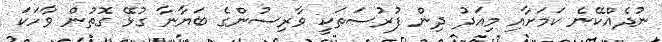
ނުދެއްކޭނެ ކަމަށާއި މިއަދު ދިން ފުރުސަތަކީ ވާރިސުންގެ ބަޔާނާ ގުޅޭ ގޮތުން ވާހަކަ